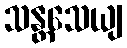
သန္တသေယျ